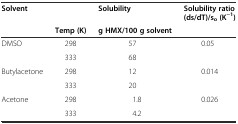
<table><thead><tr><td><b>Solvent</b></td><td></td><td><b>Solubility</b></td><td><b>Solubility ratio (ds/dT)/s<sub>o</sub>(K<sup>−1</sup>)</b></td></tr><tr><td></td><td><b>Temp (K)</b></td><td><b>g HMX/100 g solvent</b></td><td></td></tr></thead><tbody><tr><td rowspan="2">DMSO</td><td>298</td><td>57</td><td rowspan="2">0.05</td></tr><tr><td>333</td><td>68</td></tr><tr><td rowspan="2">Butylacetone</td><td>298</td><td>12</td><td rowspan="2">0.014</td></tr><tr><td>333</td><td>20</td></tr><tr><td rowspan="2">Acetone</td><td>298</td><td>1.8</td><td rowspan="2">0.026</td></tr><tr><td>333</td><td>4.2</td></tr></tbody></table>